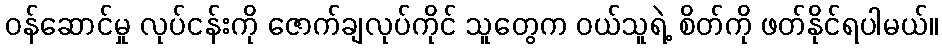
ဝန်ဆောင်မှု လုပ်ငန်းကို ဇောက်ချလုပ်ကိုင် သူတွေက ဝယ်သူရဲ့ စိတ်ကို ဖတ်နိုင်ရပါမယ်။